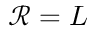
\mathcal { R } = L